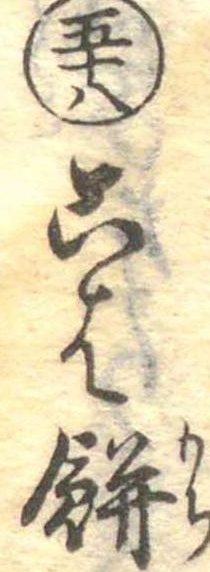
五十八こは餅